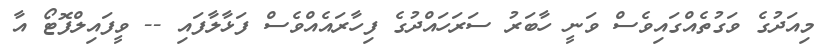
މިއަދުގެ ވަގުތެއްގައިވެސް ވަނީ ހާބަރު ސަރަހައްދުގެ ފިހާރައެއްވެސް ފަޅާލާފައި -- ވީފައިލްފޮޓޯ އާ